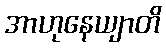
အာဟုနေယျာတိ